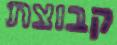
קבוצת